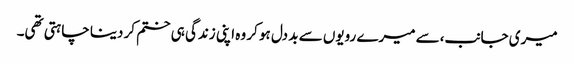
میری جانب،سے میرے رویوں سے بد دل ہو کر وہ اپنی زندگی ہی ختم کر دینا چاہتی تھی۔